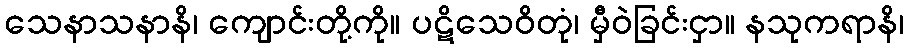
သေနာသနာနိ၊ ကျောင်းတို့ကို။ ပဋိသေဝိတုံ၊ မှီဝဲခြင်းငှာ။ နသုကရာနိ၊